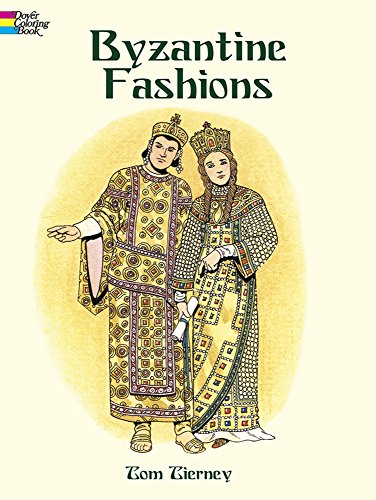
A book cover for Byzantine Fashions (Dover Pictorial Archives); Tom Tierney; Teen & Young Adult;